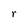
Character: r